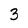
Character: 3